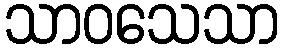
သာဝသေသာ